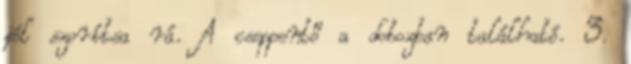
jól szorítsa rá. A cseppentő a dobozban található. 3.